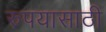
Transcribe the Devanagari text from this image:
रुपयासाठी